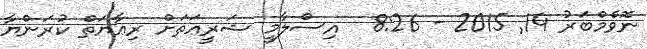
ނޮވެމްބަރު 14